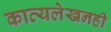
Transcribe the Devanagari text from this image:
काव्यलेखनही